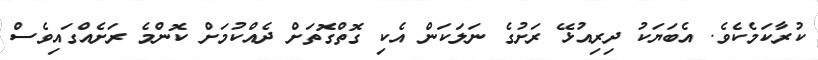
ކުރާކަމެކެވެ. އެބަޔަކު ދިރިއުޅޭ ރަށުގެ ނަލަކަން އެކި ގޮތްގޮތަށް ދެއްކުމަށް ކޮންމެ ރަށެއްގައިވެސް